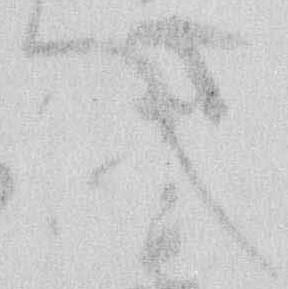
へ